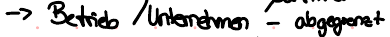
- Betrieb / Unternehmen - abgegrenzt